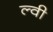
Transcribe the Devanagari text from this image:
ल्वी